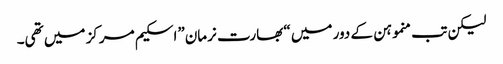
لیکن تب منموہن کے دور میں “بھارت نرمان”اسکیم مرکز میں تھی۔